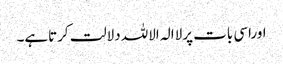
اوراسی بات پرلاالہ الاللہ دلالت کرتاہے۔